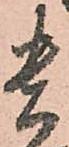
貴